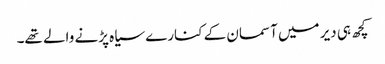
کچھ ہی دیر میں آسمان کے کنارے سیاہ پڑنے والے تھے۔